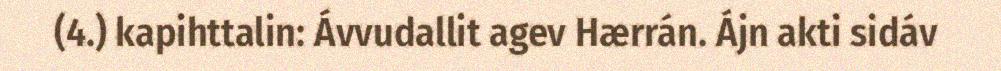
(4.) kapihttalin: Ávvudallit agev Hærrán. Ájn akti sidáv